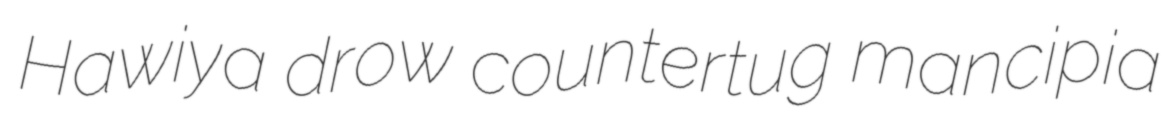
Hawiya drow countertug mancipia